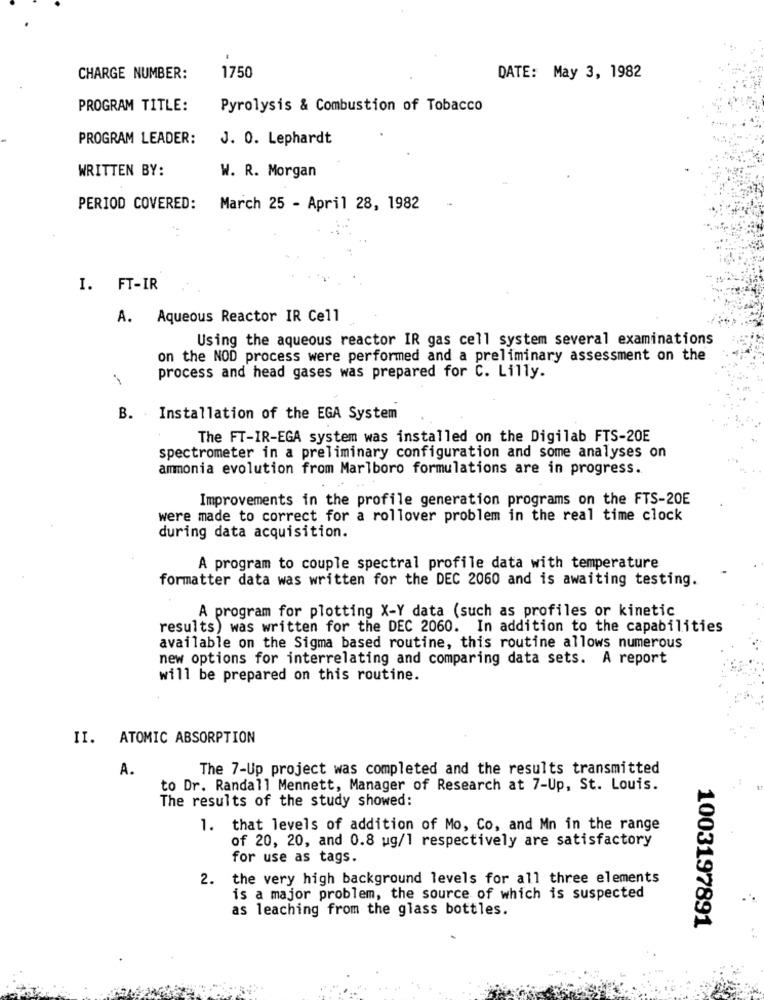
CHARGE NUMBER:
1750
DATE: May 3, 1982
PROGRAM TITLE:
Pyrolysis & Combustion of Tobacco
PROGRAM LEADER:
J. 0. Lephardt
WRITTEN BY:
W. R. Morgan
PERIOD COVERED:
March 25 - April 28, 1982
I. FT-IR
A. Aqueous Reactor IR Cell
Using the aqueous reactor IR gas cell system several examinations
on the NOD process were performed and a preliminary assessment on the
process and head gases was prepared for C. Lilly.
B. Installation of the EGA System
The FT-IR-EGA system was installed on the Digilab FTS-20E
spectrometer in a preliminary configuration and some analyses on
ammonia evolution from Marlboro formulations are in progress.
Improvements in the profile generation programs on the FTS-20E
were made to correct for a rollover problem in the real time clock
during data acquisition.
A program to couple spectral profile data with temperature
formatter data was written for the DEC 2060 and is awaiting testing.
A program for plotting X-Y data (such as profiles or kinetic
results) was written for the DEC 2060. In addition to the capabilities
available on the Sigma based routine, this routine allows numerous
new options for interrelating and comparing data sets. A report
will be prepared on this routine.
II. ATOMIC ABSORPTION
A.
The 7-Up project was completed and the results transmitted
to Dr. Randall Mennett, Manager of Research at 7-Up, St. Louis.
The results of the study showed:
1. that levels of addition of Mo, Co, and Mn in the range
of 20, 20, and 0.8 ug/1 respectively are satisfactory
for use as tags.
2. the very high background levels for all three elements
is a major problem, the source of which is suspected
as leaching from the glass bottles.
1003197891